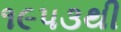
૧૯૫૩થી